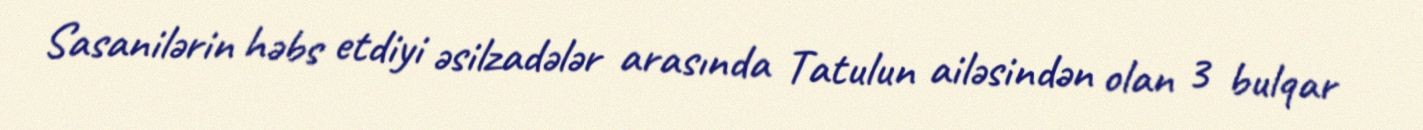
Sasanilərin həbs etdiyi əsilzadələr arasında Tatulun ailəsindən olan 3 bulqar